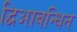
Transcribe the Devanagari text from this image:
द्विआबन्धित